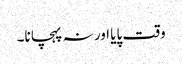
وقت پایا اور نہ پہچانا۔